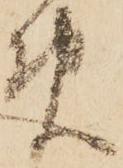
免